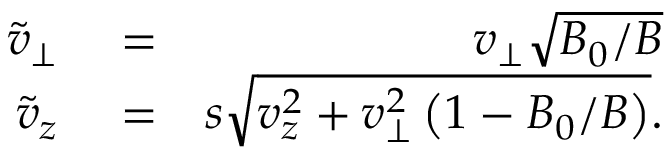
\begin{array} { r l r } { \tilde { v } _ { \perp } } & { { } = } & { v _ { \perp } \sqrt { B _ { 0 } / B } } \\ { \tilde { v } _ { z } } & { { } = } & { s \sqrt { v _ { z } ^ { 2 } + v _ { \perp } ^ { 2 } \left( 1 - B _ { 0 } / B \right) } . } \end{array}